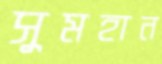
সুমহান